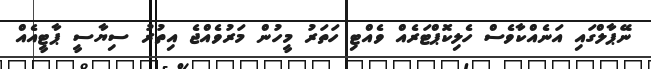
ނޭޕާލްގައި އަނެއްކާވެސް ހެލިކޮޕްޓަރެއް ވެއްޓި ހަތަރު މީހުން މަރުވެއްޖެ އިތުރު ސިޔާސީ ޕާޓީއެއް